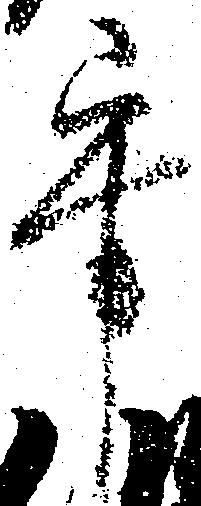
乎